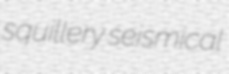
squillery seismical